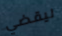
ليقضي